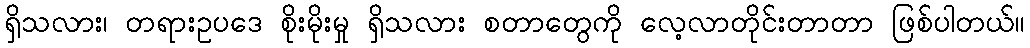
ရှိသလား၊ တရားဥပဒေ စိုးမိုးမှု ရှိသလား စတာတွေကို လေ့လာတိုင်းတာတာ ဖြစ်ပါတယ်။